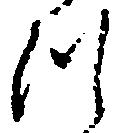
つ